Malaria in the Duars
Disease focus: Malaria
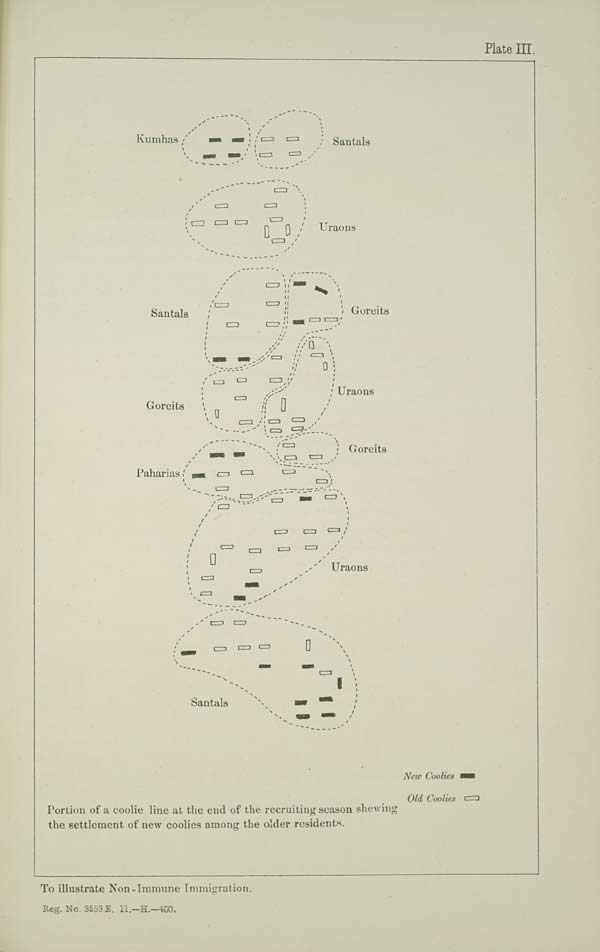
Plate III.
To illustrate Non-Immune Immigration.
Reg. No. 3553 E. 11.—H.—400.
Portion of a coolie line at the end of the recruiting season shewing
the settlement of new coolies among the older residents.